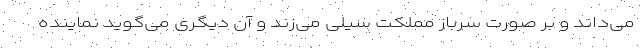
می‌داند و بر صورت سرباز مملکت سیلی می‌زند و آن دیگری می‌گوید نماینده